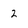
Character: 2